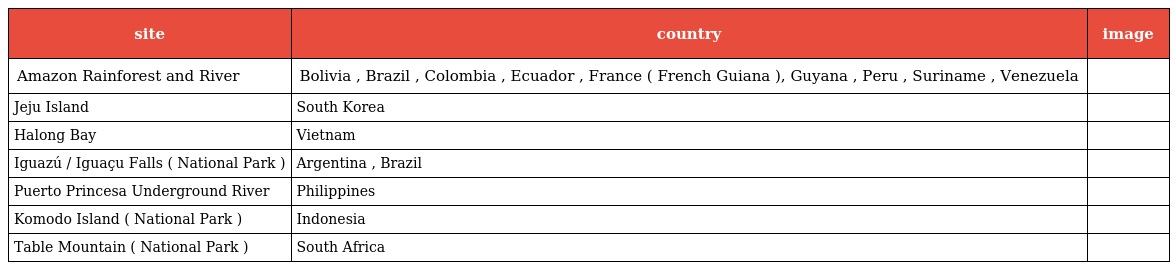
| site | country | image |
 | --- | --- | --- |
 | Amazon Rainforest and River | Bolivia , Brazil , Colombia , Ecuador , France ( French Guiana ), Guyana , Peru , Suriname , Venezuela |  |
 | Jeju Island | South Korea |  |
 | Halong Bay | Vietnam |  |
 | Iguazú / Iguaçu Falls ( National Park ) | Argentina , Brazil |  |
 | Puerto Princesa Underground River | Philippines |  |
 | Komodo Island ( National Park ) | Indonesia |  |
 | Table Mountain ( National Park ) | South Africa |  |